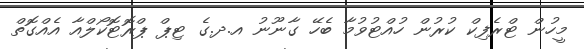
މީހުން ޓްރެފިކް ކުރުން ހުއްޓުވުމާ ބެހޭ ގާނޫނު އ.ދ.ގެ ޓިޕް ޕްރޮޓޮކޯލްއާ އެއްގޮތް